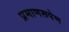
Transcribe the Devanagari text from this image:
प्रमाणरूपेण